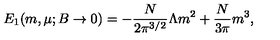
E _ { 1 } ( m , \mu ; B \to 0 ) = - \frac { N } { 2 \pi ^ { 3 / 2 } } \Lambda m ^ { 2 } + \frac { N } { 3 \pi } m ^ { 3 } ,